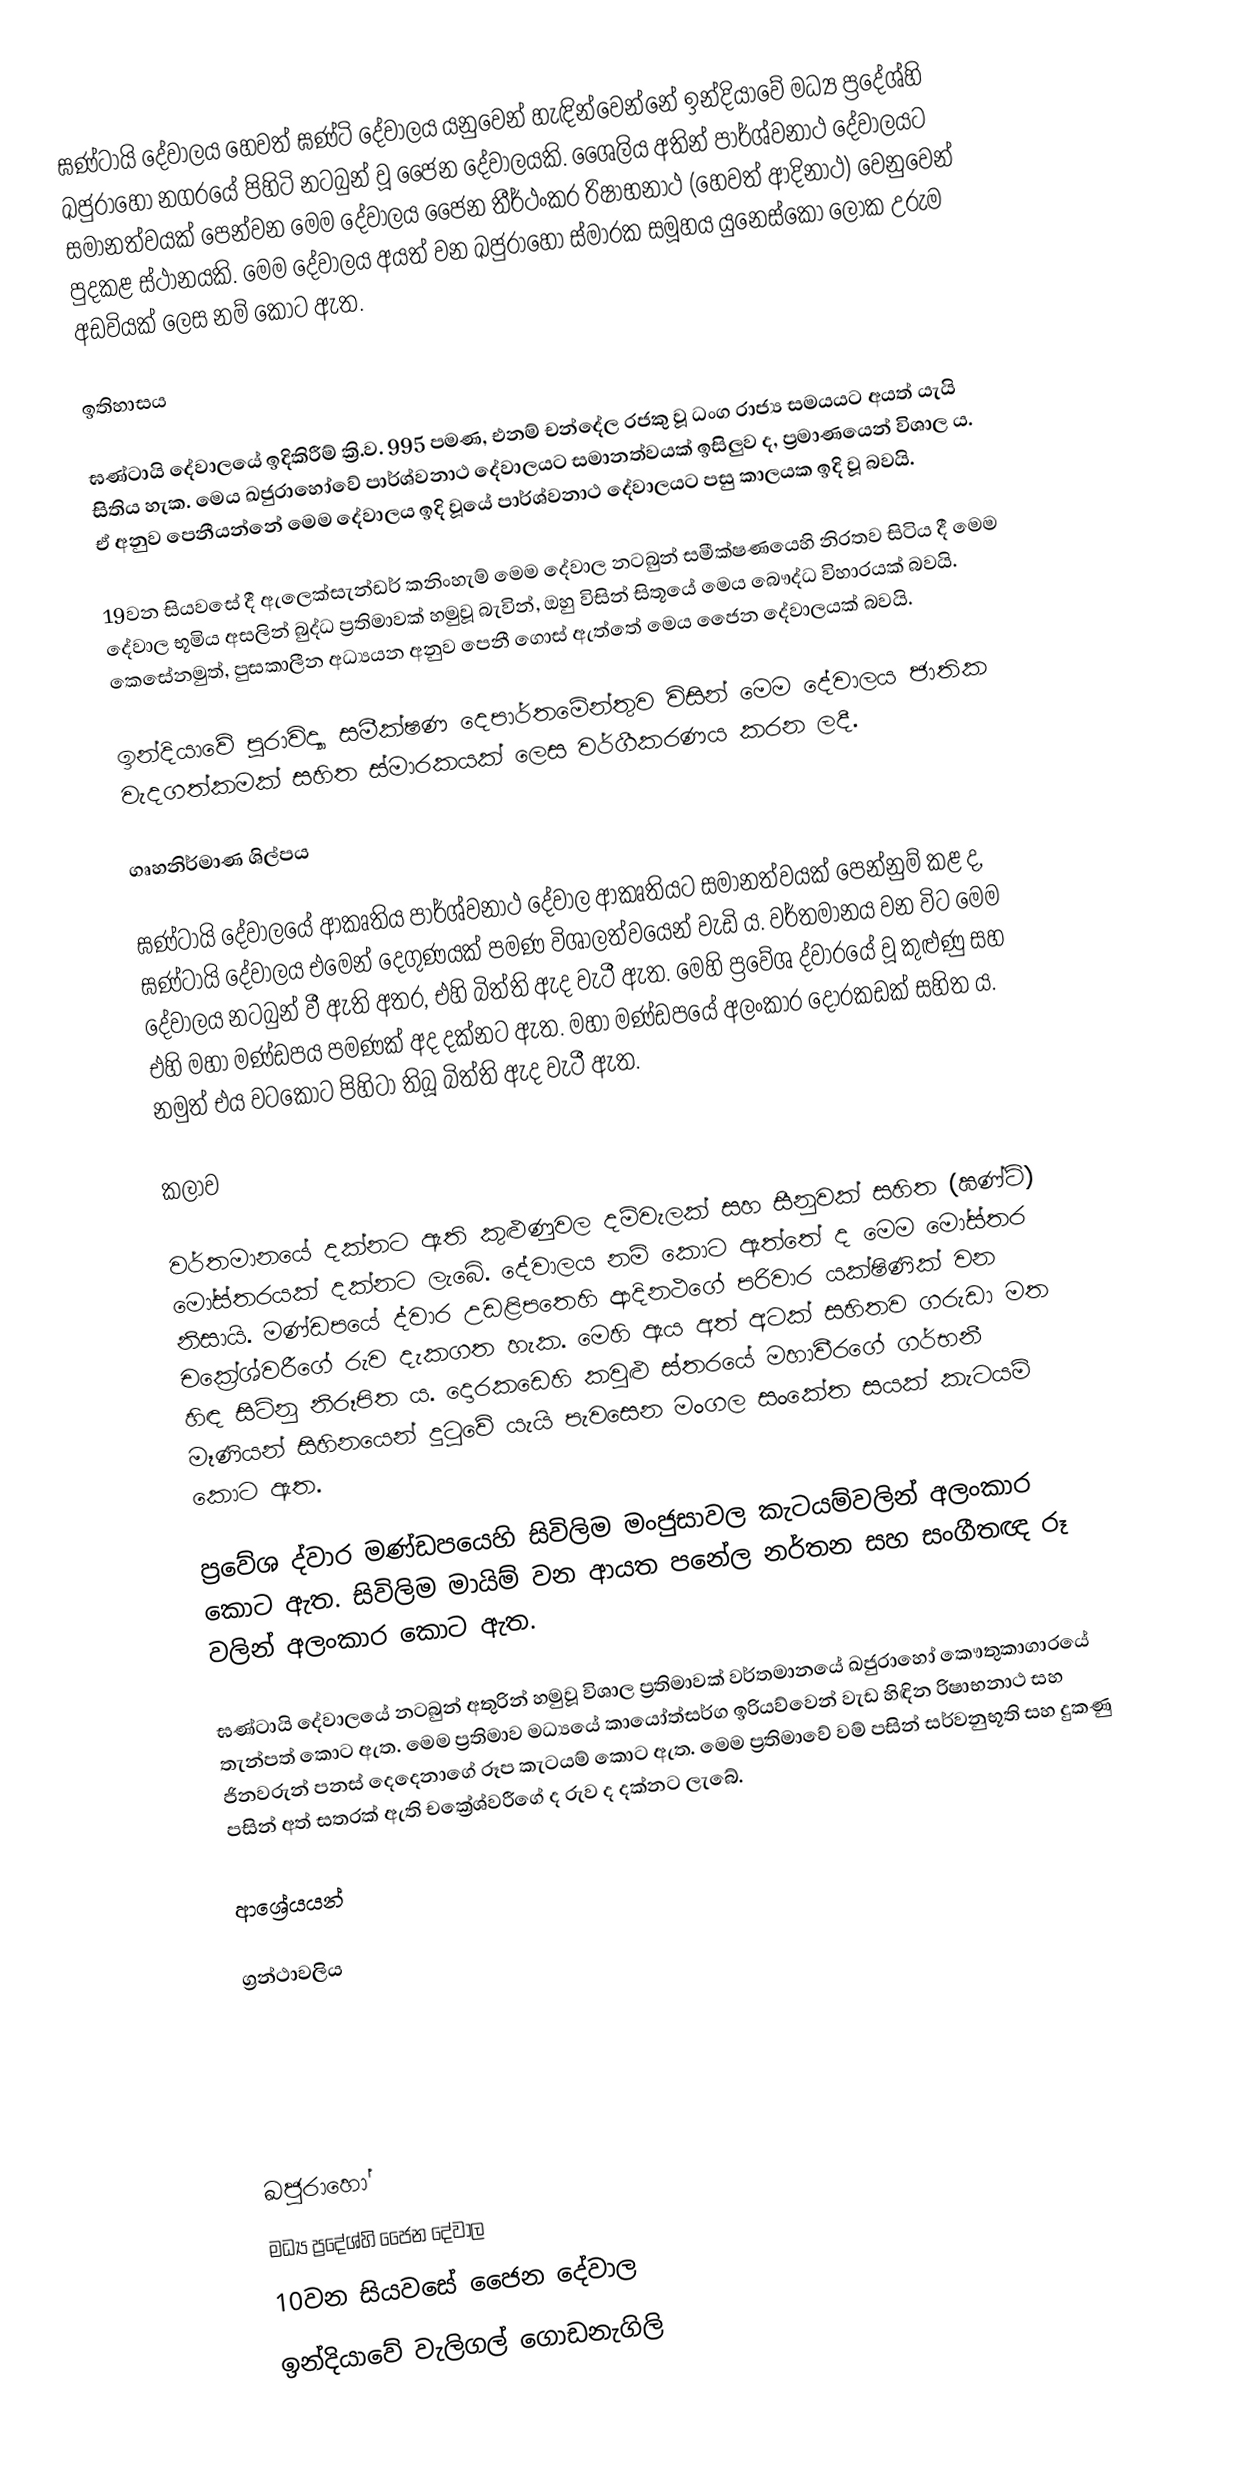
ඝණ්ටායි දේවාලය හෙවත් ඝණ්ටි දේවාලය යනුවෙන් හැඳින්වෙන්නේ ඉන්දියාවේ මධ්‍ය ප්‍රදේශ්හි ඛජුරාහෝ නගරයේ පිහිටි නටබුන් වූ ජෛන දේවාලයකි. ශෛලිය අතින් පාර්ශ්වනාථ දේවාලයට සමානත්වයක් පෙන්වන මෙම දේවාලය ජෛන තීර්ථංකර රිෂාභනාථ (හෙවත් ආදිනාථ) වෙනුවෙන් පුදකළ ස්ථානයකි. මෙම දේවාලය අයත් වන ඛජුරාහෝ ස්මාරක සමූහය යුනෙස්කෝ ලෝක උරුම අඩවියක් ලෙස නම් කොට ඇත.

ඉතිහාසය

ඝණ්ටායි දේවාලයේ ඉදිකිරීම් ක්‍රි.ව. 995 පමණ, එනම් චන්දේල රජකු වූ ධංග රාජ්‍ය සමයයට අයත් යැයි සිතිය හැක. මෙය ඛජුරාහෝවේ පාර්ශ්වනාථ දේවාලයට සමානත්වයක් ඉසිලුව ද, ප්‍රමාණයෙන් විශාල ය. ඒ අනුව පෙනීයන්නේ මෙම දේවාලය ඉදි වූයේ පාර්ශ්වනාථ දේවාලයට පසු කාලයක ඉදි වූ බවයි.

19වන සියවසේ දී ඇලෙක්සැන්ඩර් කනිංහැම් මෙම දේවාල නටබුන් සමීක්ෂණයෙහි නිරතව සිටිය දී මෙම දේවාල භූමිය අසලින් බුද්ධ ප්‍රතිමාවක් හමුවූ බැවින්, ‍ඔහු විසින් සිතූයේ මෙය බෞද්ධ විහාරයක් බවයි. කෙසේනමුත්, පුසකාලීන අධ්‍යයන අනුව පෙනී ගොස් ඇත්තේ මෙය ජෛන දේවාලයක් බවයි.

ඉන්දියාවේ පුරාවිද්‍යා සමීක්ෂණ දෙපාර්තමේන්තුව විසින් මෙම ‍දේවාලය ජාතික වැදගත්කමක් සහිත ස්මාරකයක් ලෙස වර්ගීකරණය කරන ලදී.

ගෘහනිර්මාණ ශිල්පය

ඝණ්ටායි දේවාලයේ ආකෘතිය පාර්ශ්වනාථ දේවාල ආකෘතියට සමානත්වයක් පෙන්නුම් කළ ද, ඝණ්ටායි දේවාලය එමෙන් දෙගුණයක් පමණ විශාලත්වයෙන් වැඩි ය. වර්තමානය වන විට මෙම දේවාලය නටබුන් වී ඇති අතර, එහි බිත්ති ඇද වැටී ඇත. මෙහි ප්‍රවේශ ද්වාරයේ වූ කුළුණු සහ එහි මහා මණ්ඩපය පමණක් අද දක්නට ඇත. මහා මණ්ඩපයේ අලංකාර දොරකඩක් සහිත ය. නමුත් එය වටකොට පිහිටා තිබූ බිත්ති ඇද වැටී ඇත.

කලාව

වර්තමානයේ දක්නට ඇති කුළුණුවල දම්වැලක් සහ සීනුවක් සහිත (ඝණ්ටි) මෝස්තරයක් දක්නට ලැබේ. දේවාලය නම් කොට ඇත්තේ ද මෙම මෝස්තර නිසායි. මණ්ඩපයේ ද්වාර උඩළිපතෙහි ආදිනථගේ පරිවාර යක්ෂිණික් වන චක්‍රේශ්වරීගේ රුව දැකගත හැක. මෙහි ඇය අත් අටක් සහිතව ගරුඩා මත හිඳ සිටිනු නිරූපිත ය. දොරකඩෙහි කවුළු ස්තරයේ මහාවීරගේ ගර්භනී මෑණියන් සිහිනයෙන් දුටුවේ යැයි පැවසෙන මංගල සංකේත සයක් කැටයම් කොට ඇත.

ප්‍රවේශ ද්වාර මණ්ඩපයෙහි සිවිලිම මංජුසාවල කැටයම්වලින් අලංකාර කොට ඇත. සිවිලිම මායිම් වන ආයත පනේල නර්තන සහ සංගීතඥ රූ වලින් අලංකාර කොට ඇත.

ඝණ්ටායි දේවාලයේ නටබුන් අතුරින් හමුවූ විශාල ප්‍රතිමාවක් වර්තමානයේ ඛජුරාහෝ කෞතුකාගාරයේ තැන්පත් කොට ඇත. මෙම ප්‍රතිමාව මධ්‍යයේ කායෝත්සර්ග ඉරියව්වෙන් වැඩ හිඳින රිෂාභනාථ සහ ජිනවරුන් පනස් දෙදෙනාගේ රූප කැටයම් කොට ඇත. මෙම ප්‍රතිමාවේ වම් පසින් සර්වනුභූති සහ දුකණු පසින් අත් සතරක් ඇති චක්‍රේශ්වරීගේ ද රුව ද දක්නට ලැබේ.

ආශ්‍රේයයන්

ග්‍රන්ථාවලිය

ඛජුරාහෝ
මධ්‍ය ප්‍රදේශ්හි ජෛන දේවාල
10වන සියවසේ ජෛන දේවාල
ඉන්දියාවේ වැලිගල් ගොඩනැගිලි